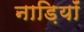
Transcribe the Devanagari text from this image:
नाड़ियॉं